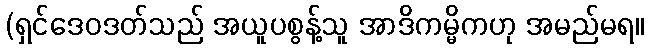
(ရှင်ဒေဝဒတ်သည် အယူပစွန့်သူ အာဒိကမ္မိကဟု အမည်မရ။